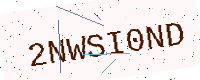
Text: 2NWSI0ND